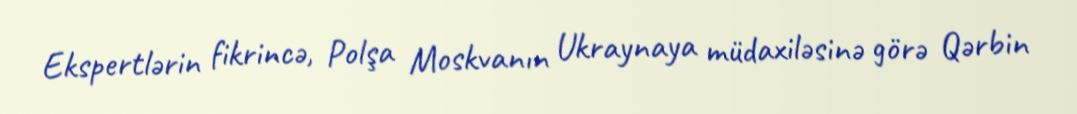
Ekspertlərin fikrincə, Polşa Moskvanın Ukraynaya müdaxiləsinə görə Qərbin